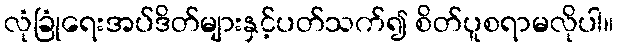
လုံခြုံရေးအပ်ဒိတ်များနှင့်ပတ်သက်၍ စိတ်ပူစရာမလိုပါ။